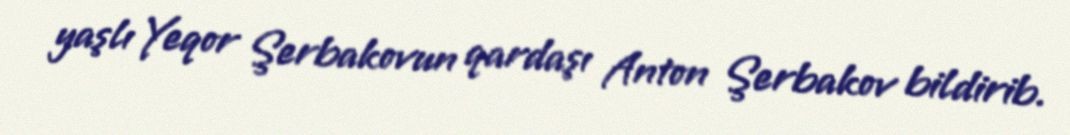
yaşlı Yeqor Şerbakovun qardaşı Anton Şerbakov bildirib.